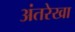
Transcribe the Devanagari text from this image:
अंतरेखा